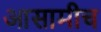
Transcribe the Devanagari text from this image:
आसामीच